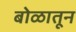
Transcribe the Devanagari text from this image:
बोळातून